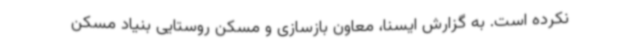
نکرده است. به گزارش ایسنا، معاون بازسازی و مسکن روستایی بنیاد مسکن